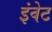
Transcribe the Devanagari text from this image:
इंवेट